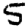
Digit: 5